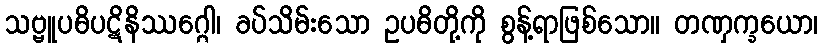
သဗ္ဗူပဓိပဋိနိဿဂ္ဂေါ၊ ခပ်သိမ်းသော ဥပဓိတို့ကို စွန့်ရာဖြစ်သော။ တဏှက္ခယော၊